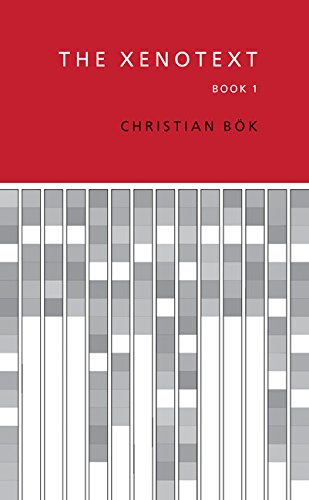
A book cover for The Xenotext: Book 1; Christian BÃ¶k; Medical Books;